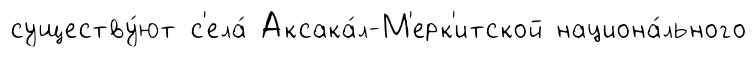
существу́ют с'ела́ Аксака́л-М'ерк'итской национа́льного